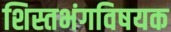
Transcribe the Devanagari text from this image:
शिस्तभंगविषयक